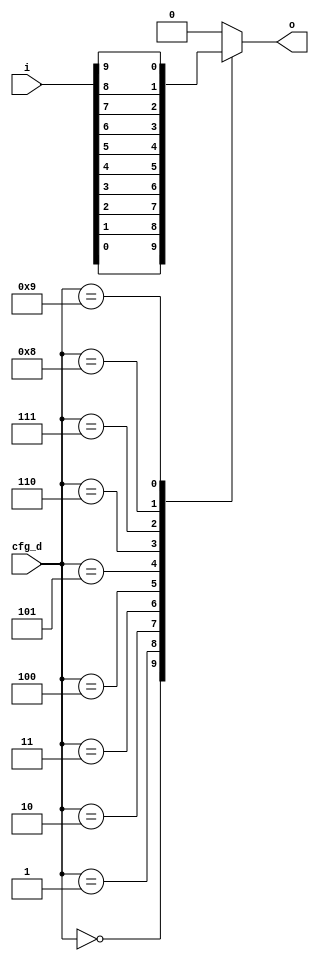
// Automatically generated by PRGA's RTL generator
module cfg_mux10 (
    input wire [9:0] i,
    output reg [0:0] o,
    input wire [3:0] cfg_d
    );

    always @* begin
        o = 1'b0;
        case (cfg_d)    // synopsys infer_mux
            4'd0: o = i[0];
            4'd1: o = i[1];
            4'd2: o = i[2];
            4'd3: o = i[3];
            4'd4: o = i[4];
            4'd5: o = i[5];
            4'd6: o = i[6];
            4'd7: o = i[7];
            4'd8: o = i[8];
            4'd9: o = i[9];
        endcase
    end

endmodule